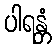
ပါရန္တံ